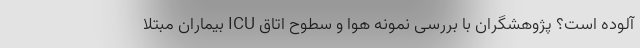
آلوده است؟ پژوهشگران با بررسی نمونه هوا و سطوح اتاق ICU بیماران مبتلا